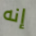
إنه